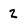
Character: 2